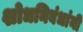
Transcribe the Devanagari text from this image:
शोधनिबंधांनी